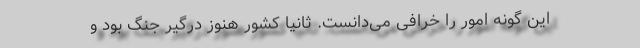
این گونه امور را خُرافی می‌دانست. ثانیا کشور هنوز درگیر جنگ بود و